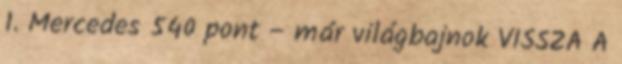
1. Mercedes 540 pont – már világbajnok VISSZA A